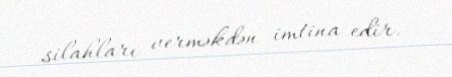
silahları verməkdən imtina edir.